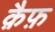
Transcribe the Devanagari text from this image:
क़ैफ़